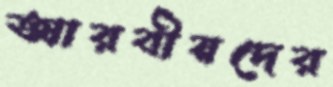
আরবীয়দের